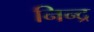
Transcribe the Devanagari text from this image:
निन्द्र